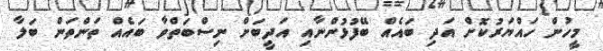
މީހުން ހައްޔަރުކޮށް އަދި ބައެއް ބޭފުޅުންނާއި އަދީބަށް ނިސްބަތްވާ ބައެއް ތަންތަން ބަލާ